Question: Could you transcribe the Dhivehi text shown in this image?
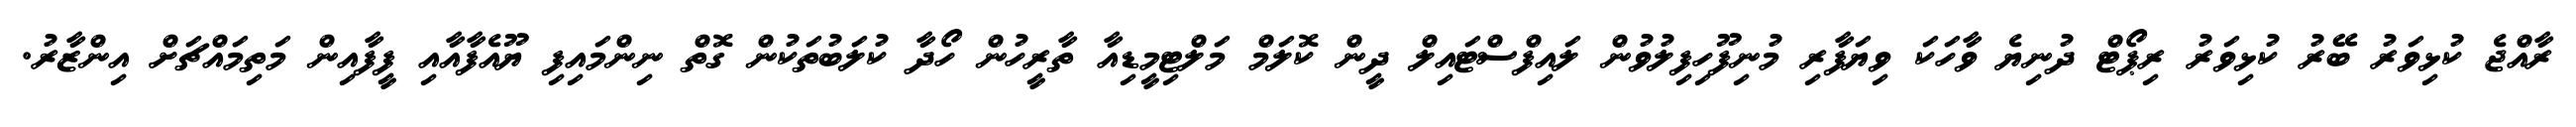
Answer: ރާއްޖެ ކުޅިވަރު ބޭރު ކުޅިވަރު ރިޕޯޓް ދުނިޔެ ވާހަކަ ވިޔަފާރި މުނިފޫހިފިލުވުން ލައިފްސްޓައިލް ދީން ކޮލަމް މަލްޓިމީޑިއާ ތާރީހުން ހޯދާ ކުލަބުތަކުން ގޮތް ނިންމައިފި ޔޫއެފާއާއި ފީފާއިން މަތިމައްޗަށް އިންޒާރު.